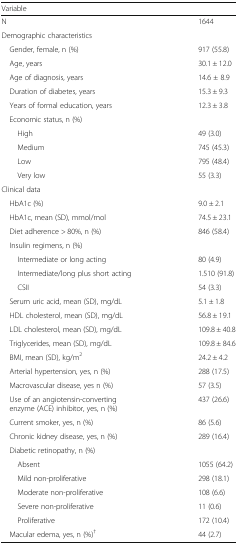
| Variable |  |
 | --- | --- |
 | N | 1644 |
 | <COLSPAN=2> Demographic characteristics |
 | Gender, female, n (%) | 917 (55.8) |
 | Age, years | 30.1 ± 12.0 |
 | Age of diagnosis, years | 14.6 ± 8.9 |
 | Duration of diabetes, years | 15.3 ± 9.3 |
 | Years of formal education, years | 12.3 ± 3.8 |
 | <COLSPAN=2> Economic status, n (%) |
 | High | 49 (3.0) |
 | Medium | 745 (45.3) |
 | Low | 795 (48.4) |
 | Very low | 55 (3.3) |
 | <COLSPAN=2> Clinical data |
 | HbA1c (%) | 9.0 ± 2.1 |
 | HbA1c, mean (SD), mmol/mol | 74.5 ± 23.1 |
 | Diet adherence > 80%, n (%) | 846 (58.4) |
 | <COLSPAN=2> Insulin regimens, n (%) |
 | Intermediate or long acting | 80 (4.9) |
 | Intermediate/long plus short acting | 1.510 (91.8) |
 | CSII | 54 (3.3) |
 | Serum uric acid, mean (SD), mg/dL | 5.1 ± 1.8 |
 | HDL cholesterol, mean (SD), mg/dL | 56.8 ± 19.1 |
 | LDL cholesterol, mean (SD), mg/dL | 109.8 ± 40.8 |
 | Triglycerides, mean (SD), mg/dL | 109.8 ± 84.6 |
 | BMI, mean (SD), kg/m2 | 24.2 ± 4.2 |
 | Arterial hypertension, yes, n (%) | 288 (17.5) |
 | Macrovascular disease, yes n (%) | 57 (3.5) |
 | Use of an angiotensin-converting enzyme (ACE) inhibitor, yes, n (%) | 437 (26.6) |
 | Current smoker, yes, n (%) | 86 (5.6) |
 | Chronic kidney disease, yes, n (%) | 289 (16.4) |
 | <COLSPAN=2> Diabetic retinopathy, n (%) |
 | Absent | 1055 (64.2) |
 | Mild non-proliferative | 298 (18.1) |
 | Moderate non-proliferative | 108 (6.6) |
 | Severe non-proliferative | 11 (0.6) |
 | Proliferative | 172 (10.4) |
 | Macular edema, yes, n (%)† | 44 (2.7) |